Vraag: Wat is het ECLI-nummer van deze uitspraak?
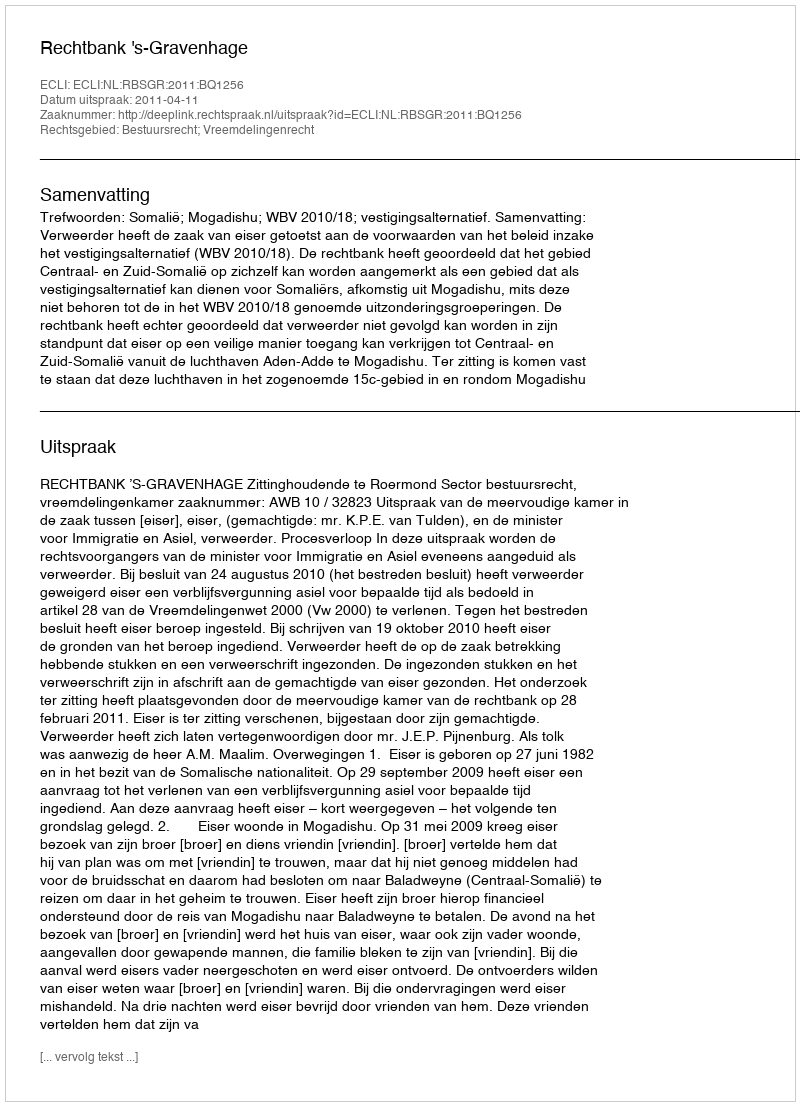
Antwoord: ECLI:NL:RBSGR:2011:BQ1256